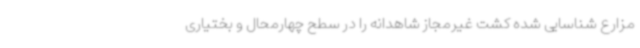
مزارع شناسایی شده کشت غیرمجاز شاهدانه را در سطح چهارمحال و بختیاری